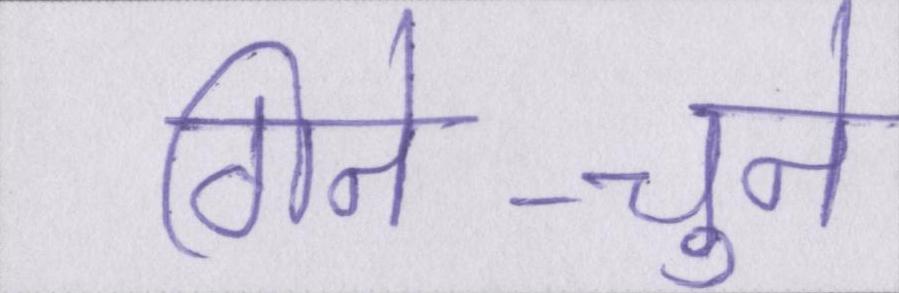
गिने-चुने